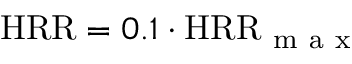
\mathrm { H R R } = 0 . 1 \cdot \mathrm { H R R } _ { \mathrm { ~ m ~ a ~ x ~ } }